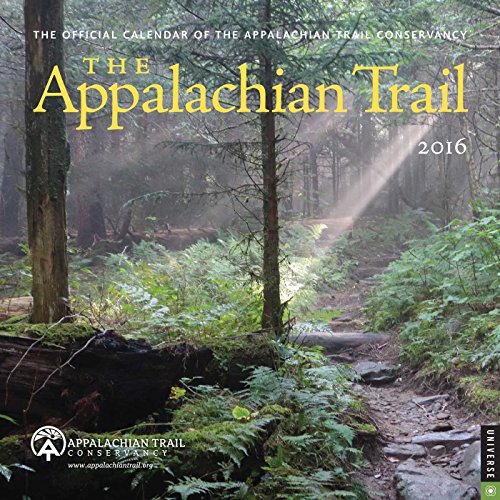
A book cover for The Appalachian Trail 2016 Wall Calendar; Appalachian Trail Conservancey; Calendars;